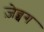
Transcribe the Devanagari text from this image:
ज़ेब्बग